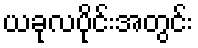
ယခုလပိုင်းအတွင်း